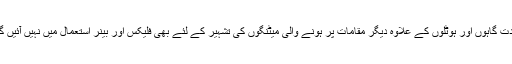
عبادت گاہوں اور ہوٹلوں کے علاوہ دیگر مقامات پر ہونے والی میٹنگوں کی تشہیر کے لئے بھی فلیکس اور بینر استعمال میں نہیں آئیں گے۔